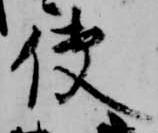
使